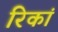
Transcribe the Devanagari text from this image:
रिकां